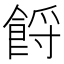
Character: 𩛝